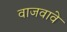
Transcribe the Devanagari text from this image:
वाजवावे